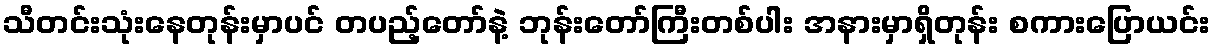
သီတင်းသုံးနေတုန်းမှာပင် တပည့်တော်နဲ့ ဘုန်းတော်ကြီးတစ်ပါး အနားမှာရှိတုန်း စကားပြောယင်း